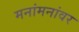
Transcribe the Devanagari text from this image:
मनांमनांवर